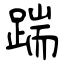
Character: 踹